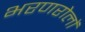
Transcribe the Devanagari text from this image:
भरणरोलों